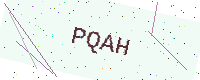
Text: PQAH